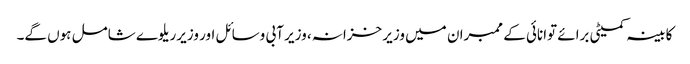
کابینہ کمیٹی برائے توانائی کے ممبران میں وزیر خزانہ، وزیر آبی وسائل اور وزیرریلوے شامل ہوں گے۔